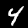
Label: 4